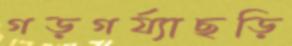
গড়গর্য্যাছড়ি